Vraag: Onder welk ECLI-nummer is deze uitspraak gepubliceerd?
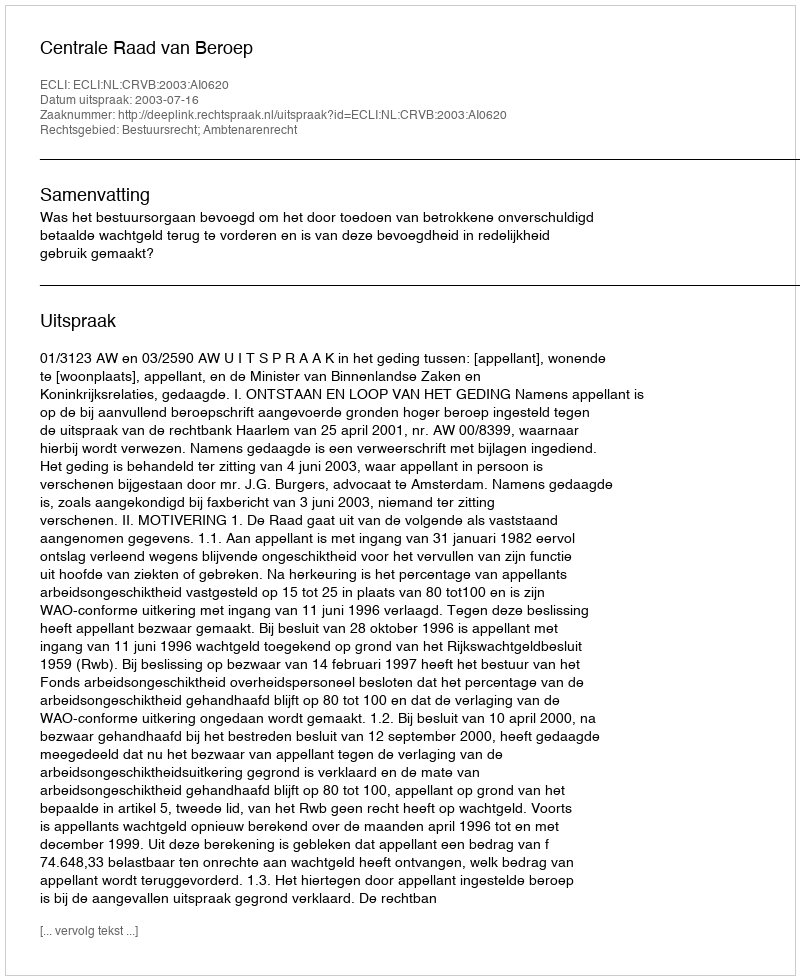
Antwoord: ECLI:NL:CRVB:2003:AI0620